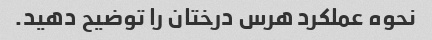
نحوه عملکرد هرس درختان را توضیح دهید.